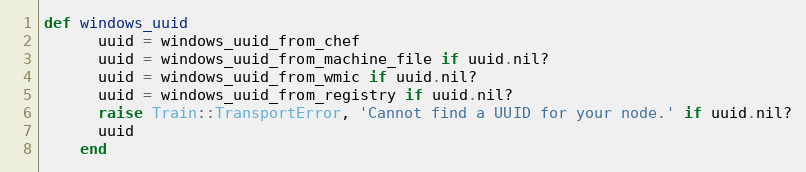
Language: Ruby
def windows_uuid
      uuid = windows_uuid_from_chef
      uuid = windows_uuid_from_machine_file if uuid.nil?
      uuid = windows_uuid_from_wmic if uuid.nil?
      uuid = windows_uuid_from_registry if uuid.nil?
      raise Train::TransportError, 'Cannot find a UUID for your node.' if uuid.nil?
      uuid
    end